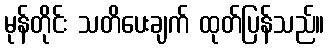
မုန်တိုင်း သတိပေးချက် ထုတ်ပြန်သည်။